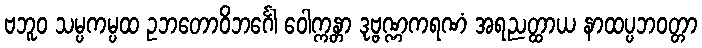
ဗဘူဝ သမ္ပကမ္ပထ ဥဘတောဝိဘင်္ဂေါ ဝေါက္ကန္တာ ဒုဗ္ဗဏ္ဏကရဏံ အရညတ္ထာယ နာထပ္ပဘဝတ္တာ